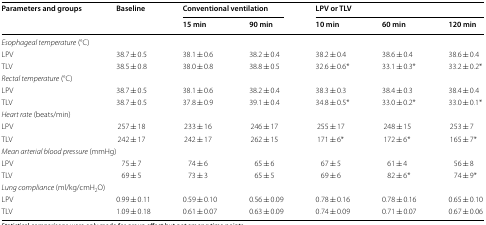
| <ROWSPAN=2> Parameters and groups | <ROWSPAN=2> Baseline | <COLSPAN=2> Conventional ventilation | <COLSPAN=3> LPV or TLV |
 | 15 min | 90 min | 10 min | 60 min | 120 min |
 | --- | --- | --- | --- | --- | --- | --- |
 | <COLSPAN=7> Esophageal temperature (°C) |
 | LPV | 38.7 ± 0.5 | 38.1 ± 0.6 | 38.2 ± 0.4 | 38.2 ± 0.4 | 38.6 ± 0.4 | 38.6 ± 0.4 |
 | TLV | 38.5 ± 0.8 | 38.0 ± 0.8 | 38.8 ± 0.5 | 32.6 ± 0.6* | 33.1 ± 0.3* | 33.2 ± 0.2* |
 | <COLSPAN=7> Rectal temperature (°C) |
 | LPV | 38.7 ± 0.5 | 38.1 ± 0.6 | 38.2 ± 0.4 | 38.3 ± 0.3 | 38.4 ± 0.3 | 38.4 ± 0.4 |
 | TLV | 38.7 ± 0.5 | 37.8 ± 0.9 | 39.1 ± 0.4 | 34.8 ± 0.5* | 33.0 ± 0.2* | 33.0 ± 0.1* |
 | <COLSPAN=7> Heart rate (beats/min) |
 | LPV | 257 ± 18 | 233 ± 16 | 246 ± 17 | 255 ± 17 | 248 ± 15 | 253 ± 7 |
 | TLV | 242 ± 17 | 242 ± 17 | 262 ± 15 | 171 ± 6* | 172 ± 6* | 165 ± 7* |
 | <COLSPAN=7> Mean arterial blood pressure (mmHg) |
 | LPV | 75 ± 7 | 74 ± 6 | 65 ± 6 | 67 ± 5 | 61 ± 4 | 56 ± 8 |
 | TLV | 69 ± 5 | 73 ± 3 | 65 ± 5 | 69 ± 6 | 82 ± 6* | 74 ± 9* |
 | <COLSPAN=7> Lung compliance (ml/kg/cmH2O) |
 | LPV | 0.99 ± 0.11 | 0.59 ± 0.10 | 0.56 ± 0.09 | 0.78 ± 0.16 | 0.78 ± 0.16 | 0.65 ± 0.10 |
 | TLV | 1.09 ± 0.18 | 0.61 ± 0.07 | 0.63 ± 0.09 | 0.74 ± 0.09 | 0.71 ± 0.07 | 0.67 ± 0.06 |